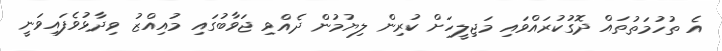
އެ ތުހުމަތުތައް ދޮގުކުރައްވައި މަޖިލީހަށް ކުރިން ލިޔުމުން ދެއްވި ޖަވާބުގައި މުއިއްޒު ވިދާޅުވެފައިވަނީ